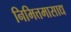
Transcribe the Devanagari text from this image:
निमित्तमासाद्य